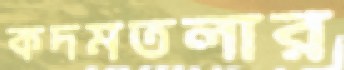
কদমতলার